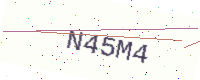
Text: N45M4